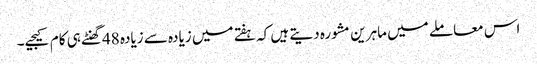
اس معاملے میں ماہرین مشورہ دیتے ہیں کہ ہفتے میں زیادہ سے زیادہ 48گھنٹے ہی کام کیجیے۔